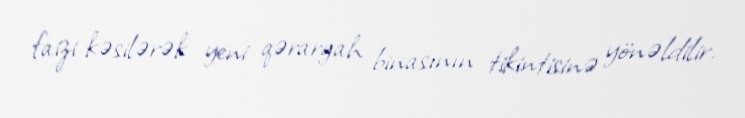
faizi kəsilərək yeni qərargah binasının tikintisinə yönəldilir.